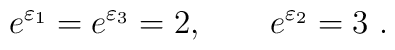
e^{\varepsilon _{1}}=e^{\varepsilon _{3}}=2,\qquad e^{\varepsilon _{2}}=3~.